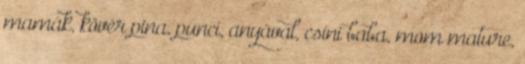
mamák, kövér pina, punci, anyával, csini baba, mom mature,